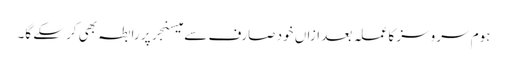
ہوم سروسز کا عملہ بعد ازاں خود صارف سے میسنجر پر رابطہ بھی کرسکے گا۔